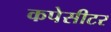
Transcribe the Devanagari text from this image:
कपेसीटर